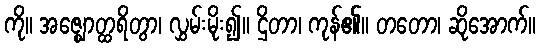
ကို။ အဇ္ဈောတ္ထရိတွာ၊ လွှမ်းမိုး၍။ ဌိတာ၊ ကုန်၏။ တတော၊ ဆိုအောက်။